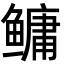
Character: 鳙